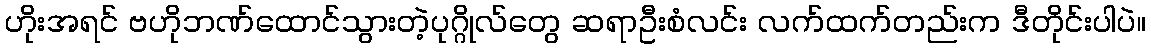
ဟိုးအရင် ဗဟိုဘဏ်ထောင်သွားတဲ့ပုဂ္ဂိုလ်တွေ ဆရာဦးစံလင်း လက်ထက်တည်းက ဒီတိုင်းပါပဲ။